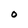
Character: O